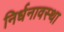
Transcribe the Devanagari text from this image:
निर्धनावस्था